King Institute of Preventive Medicine Bacteriolog. Section reports 1907-08
Year: 1907
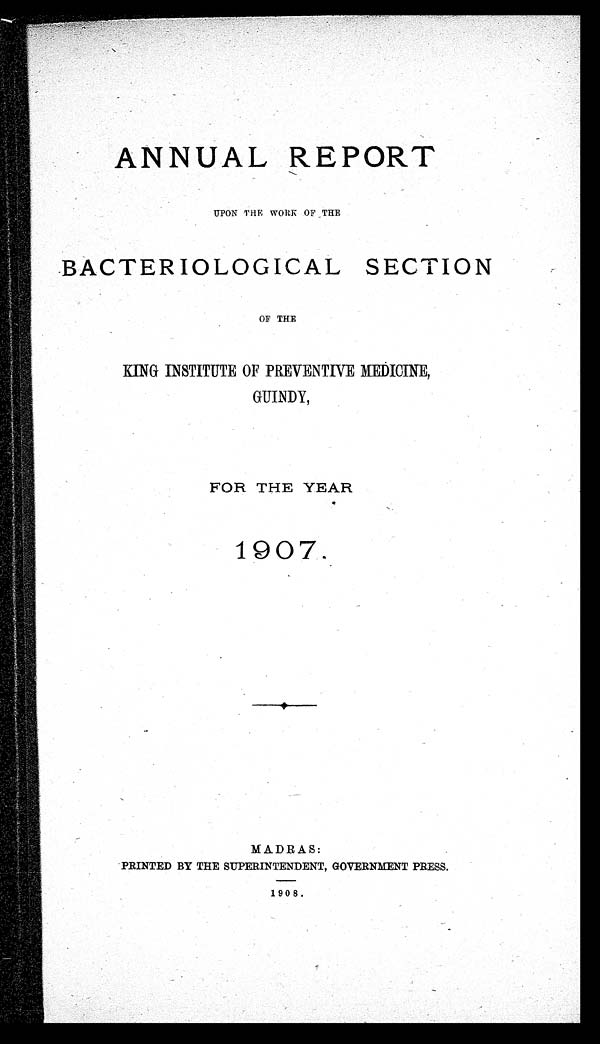
ANNUAL REPORT
UPON THE WORK OF THE
BACTERIOLOGICAL SECTION
OF THE
KING INSTITUTE OF PREVENTIVE MEDICINE,
GUINDY,
FOR THE YEAR
1907.
MADRAS:
PRINTED BY THE SUPERINTENDENT, GOVERNMENT PRESS.
1908.